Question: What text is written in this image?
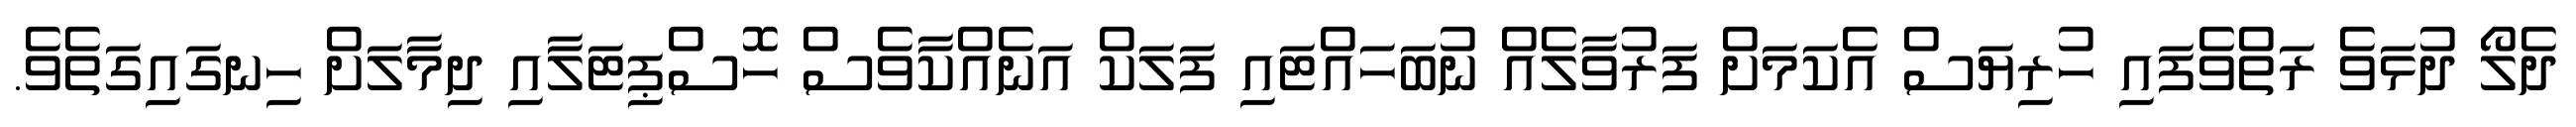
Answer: ދެލޯ ދުޅަވެ ރަތްވެފައި ހުރިޔަސް އެކަމަށް ފަރުވާލެއް ނުބަހައްޓައި ފަލަކް އަނެއްކާވެސް ހޮސްޕިޓަލާއި ދިމާލަށް ހިނގައިގަތެވެ.